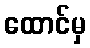
ထောင်မှ